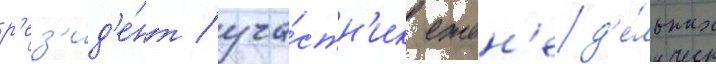
р'ез'ид'е́нт / уча́стн'ик ежен'ед'е́льных